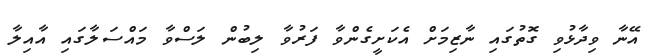
އޭނާ ވިދާޅުވި ގޮތުގައި ނާޒިމަށް އެކަށީގެންވާ ފަރުވާ ލިބުން ލަސްވާ މައްސަލާގައި އާއިލާ